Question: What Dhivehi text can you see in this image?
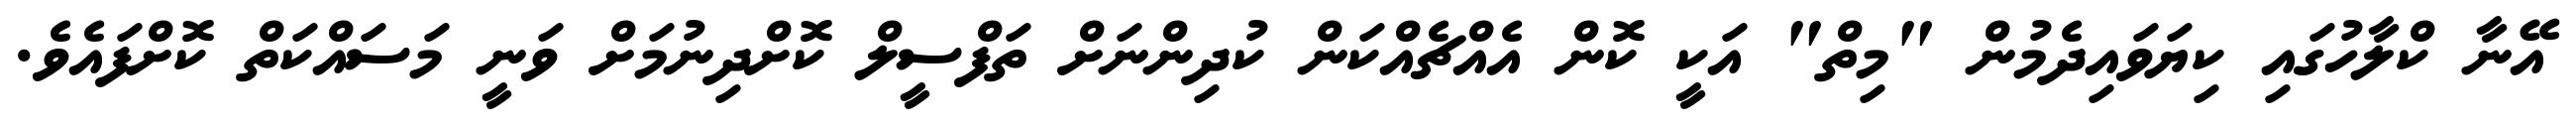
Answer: އޭނާ ކްލާހުގައި ކިޔަވައިދެމުން "މިތް" އަކީ ކޮން އެއްޗެއްކަން ކުދިންނަށް ތަފްސީލް ކޮށްދިނުމަށް ވަނީ މަސައްކަތް ކޮށްފައެވެ.